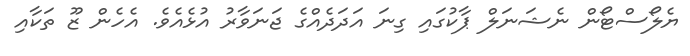
ޔެލޯސްޓޯން ނެޝަނަލް ޕާކުގައި ގިނަ އަދަދެއްގެ ޖަނަވާރު އުޅެއެވެ. އެހެން ޒޫ ތަކާއި